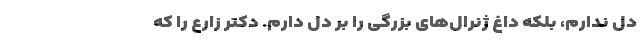
دل ندارم، بلکه داغ ژنرال‌های بزرگی را بر دل دارم. دکتر زارع را که